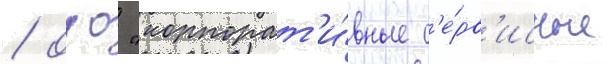
/ оао "корпорат'и́вные с'е́рв'исные